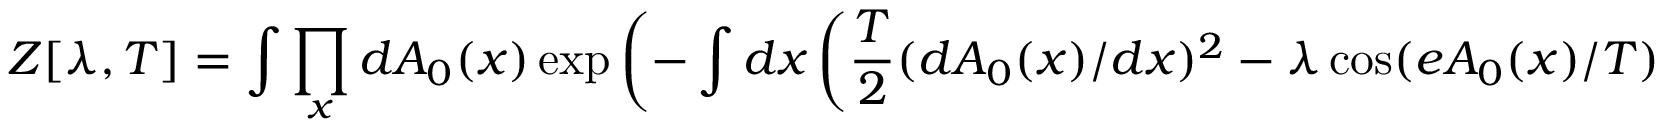
Z [ \lambda , T ] = \int \prod _ { x } d A _ { 0 } ( x ) \exp \left( - \int d x \left( \frac { T } { 2 } ( d A _ { 0 } ( x ) / d x ) ^ { 2 } - \lambda \cos ( e A _ { 0 } ( x ) / T ) \right) \right)